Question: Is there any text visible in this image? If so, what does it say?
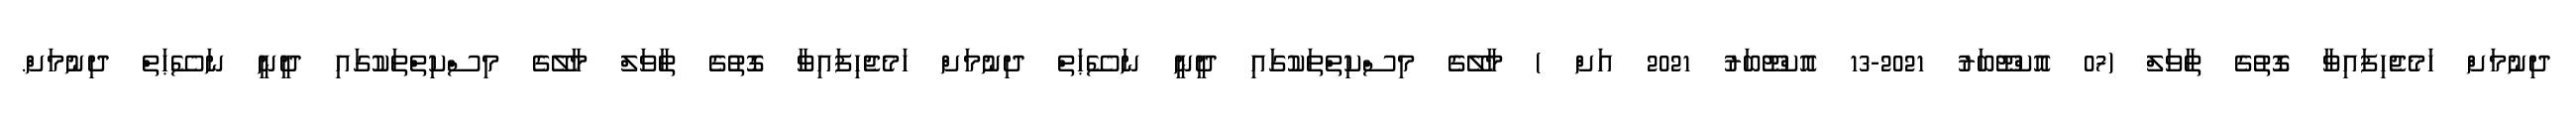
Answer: ދިނުމަށް ހަމެޖެހިފައިވާ ގޮތުގެ ތާވަލް (07 އޮކްޓޫބަރު 2021-13 އޮކްޓޫބަރު 2021 އަށް ) މާލޭގެ މިސްކިތްތަކުގައި ދީނީ ނަސޭޙަތް ދިނުމަށް ހަމެޖެހިފައިވާ ގޮތުގެ ތާވަލް މާލޭގެ މިސްކިތްތަކުގައި ދީނީ ނަސޭޙަތް ދިނުމަށް.